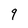
Character: q